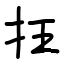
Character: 抂